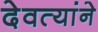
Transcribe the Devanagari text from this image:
देवत्यांने